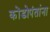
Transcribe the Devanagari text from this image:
कोंडोपंतांना